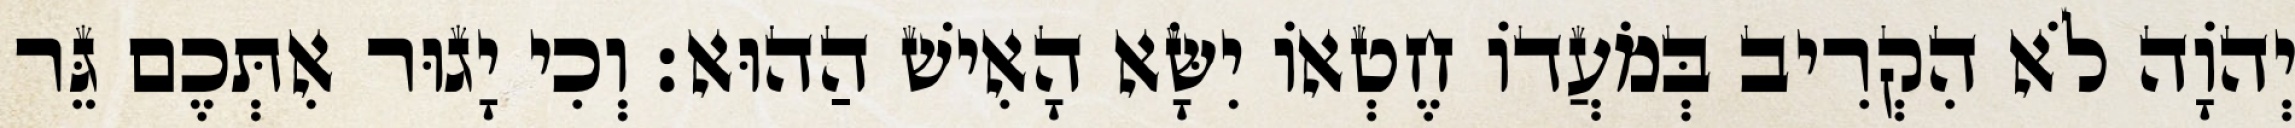
יְהֹוָה לֹא הִקְרִיב בְּמֹעֲדוֹ חֶטְאוֹ יִשָּׂא הָאִישׁ הַהוּא׃ וְכִי יָגוּר אִתְּכֶם גֵּר